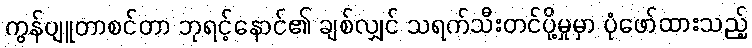
ကွန်ပျူတာစင်တာ ဘုရင့်နောင်၏ ချစ်လျှင် သရက်သီးတင်ပို့မှုမှာ ပုံဖော်ထားသည့်